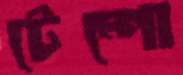
টেম্পো